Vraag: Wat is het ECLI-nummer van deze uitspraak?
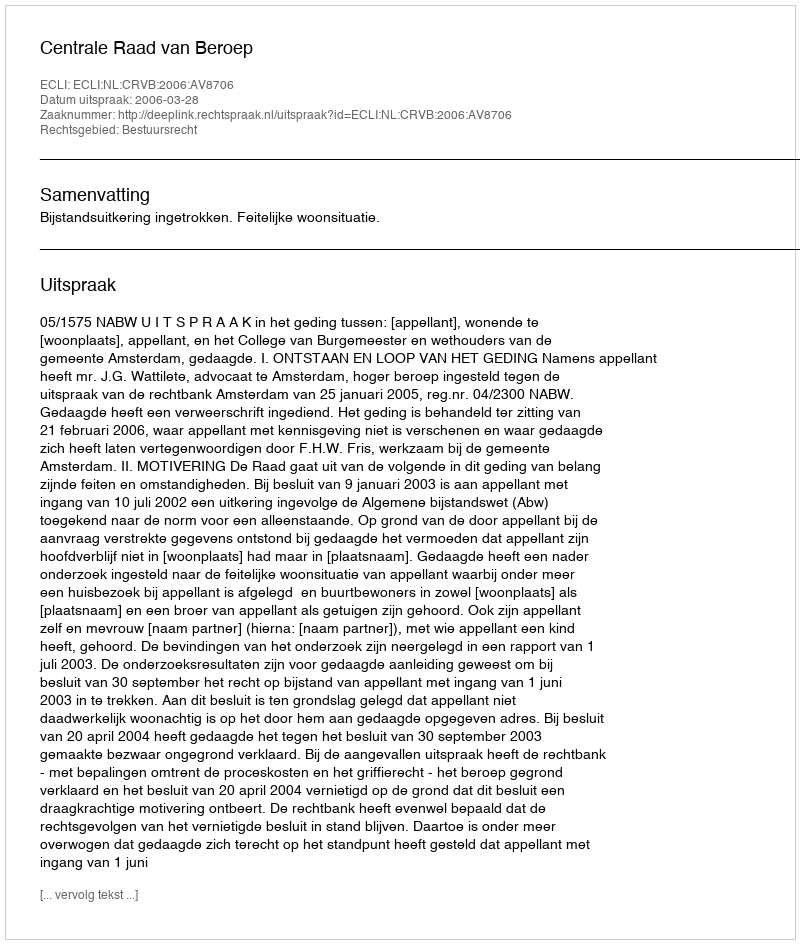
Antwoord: ECLI:NL:CRVB:2006:AV8706